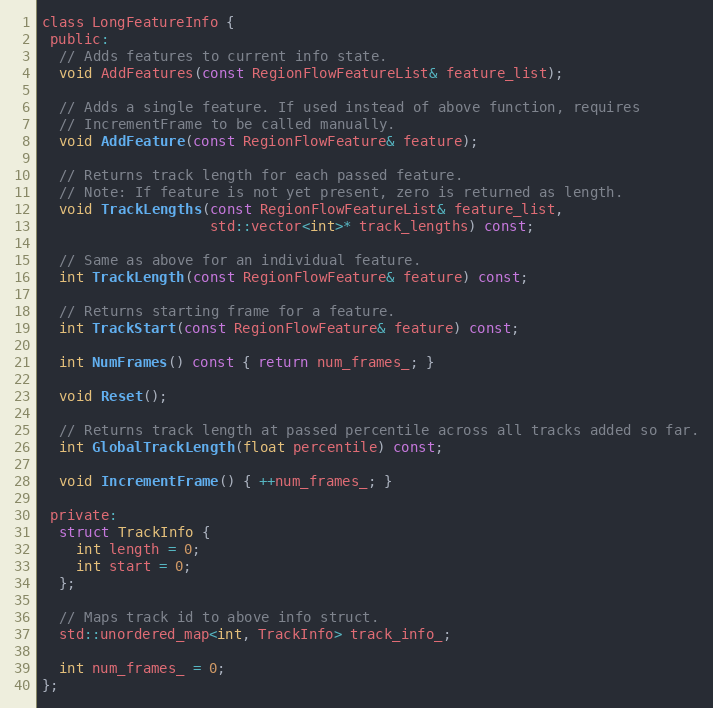
Language: C
class LongFeatureInfo {
 public:
  // Adds features to current info state.
  void AddFeatures(const RegionFlowFeatureList& feature_list);

  // Adds a single feature. If used instead of above function, requires
  // IncrementFrame to be called manually.
  void AddFeature(const RegionFlowFeature& feature);

  // Returns track length for each passed feature.
  // Note: If feature is not yet present, zero is returned as length.
  void TrackLengths(const RegionFlowFeatureList& feature_list,
                    std::vector<int>* track_lengths) const;

  // Same as above for an individual feature.
  int TrackLength(const RegionFlowFeature& feature) const;

  // Returns starting frame for a feature.
  int TrackStart(const RegionFlowFeature& feature) const;

  int NumFrames() const { return num_frames_; }

  void Reset();

  // Returns track length at passed percentile across all tracks added so far.
  int GlobalTrackLength(float percentile) const;

  void IncrementFrame() { ++num_frames_; }

 private:
  struct TrackInfo {
    int length = 0;
    int start = 0;
  };

  // Maps track id to above info struct.
  std::unordered_map<int, TrackInfo> track_info_;

  int num_frames_ = 0;
};